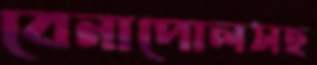
বেনাপোলসহ